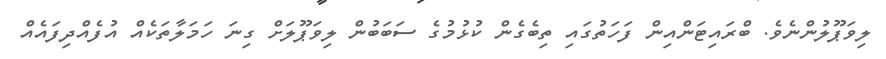
ލިވަޕޫލުންނެވެ. ބްރައިޓަންއިން ފަހަތުގައި ތިބެގެން ކުޅުމުގެ ސަބަބުން ލިވަޕޫލަށް ގިނަ ހަމަލާތަކެއް އުފެއްދިފައެއް